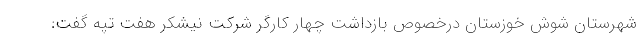
شهرستان شوش خوزستان درخصوص بازداشت چهار کارگر شرکت نیشکر هفت تپه گفت: